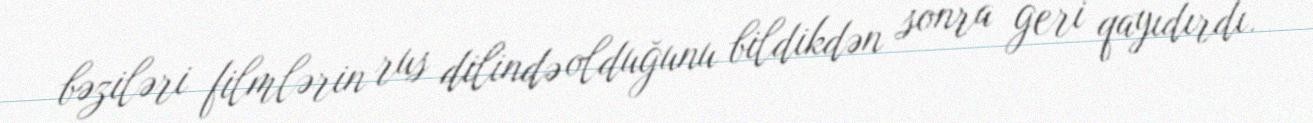
bəziləri filmlərin rus dilində olduğunu bildikdən sonra geri qayıdırdı.